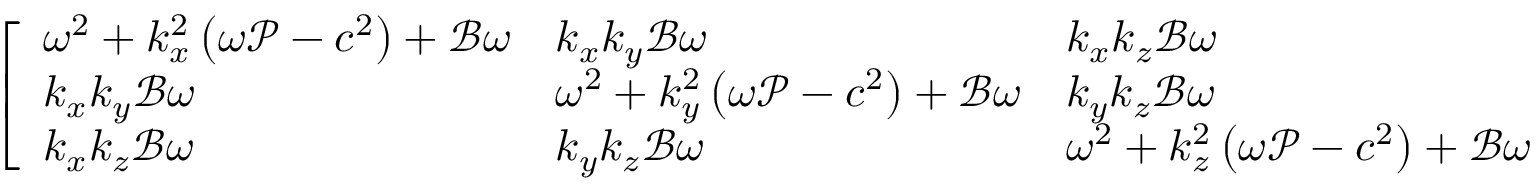
\left[ \begin{array} { l l l } { \omega ^ { 2 } + k _ { x } ^ { 2 } \left( \omega \mathcal { P } - c ^ { 2 } \right) + \mathcal { B } \omega } & { k _ { x } k _ { y } \mathcal { B } \omega } & { k _ { x } k _ { z } \mathcal { B } \omega } \\ { k _ { x } k _ { y } \mathcal { B } \omega } & { \omega ^ { 2 } + k _ { y } ^ { 2 } \left( \omega \mathcal { P } - c ^ { 2 } \right) + \mathcal { B } \omega } & { k _ { y } k _ { z } \mathcal { B } \omega } \\ { k _ { x } k _ { z } \mathcal { B } \omega } & { k _ { y } k _ { z } \mathcal { B } \omega } & { \omega ^ { 2 } + k _ { z } ^ { 2 } \left( \omega \mathcal { P } - c ^ { 2 } \right) + \mathcal { B } \omega } \end{array} \right] \left[ \begin{array} { l } { \hat { u } } \\ { \hat { v } } \\ { \hat { w } } \end{array} \right] = \left[ \begin{array} { l } { 0 } \\ { 0 } \\ { 0 } \end{array} \right]